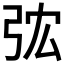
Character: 𢏐